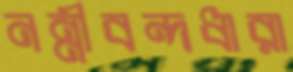
নন্নীবন্দধারা